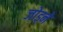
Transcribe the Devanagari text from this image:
जोड्ने